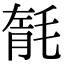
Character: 毻